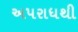
અપરાધથી